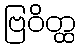
ဗြဝိတ္ထ